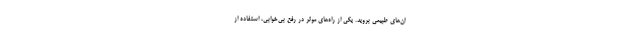
ان‌های طبیعی بروید. یکی از راه‌های موثر در رفع بی‌خوابی، استفاده از